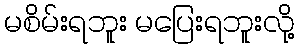
မစိမ်းရဘူး မပြေးရဘူးလို့